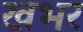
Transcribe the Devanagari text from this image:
खभर